Tartu_pedagoogiumi_aruanded, lk 29
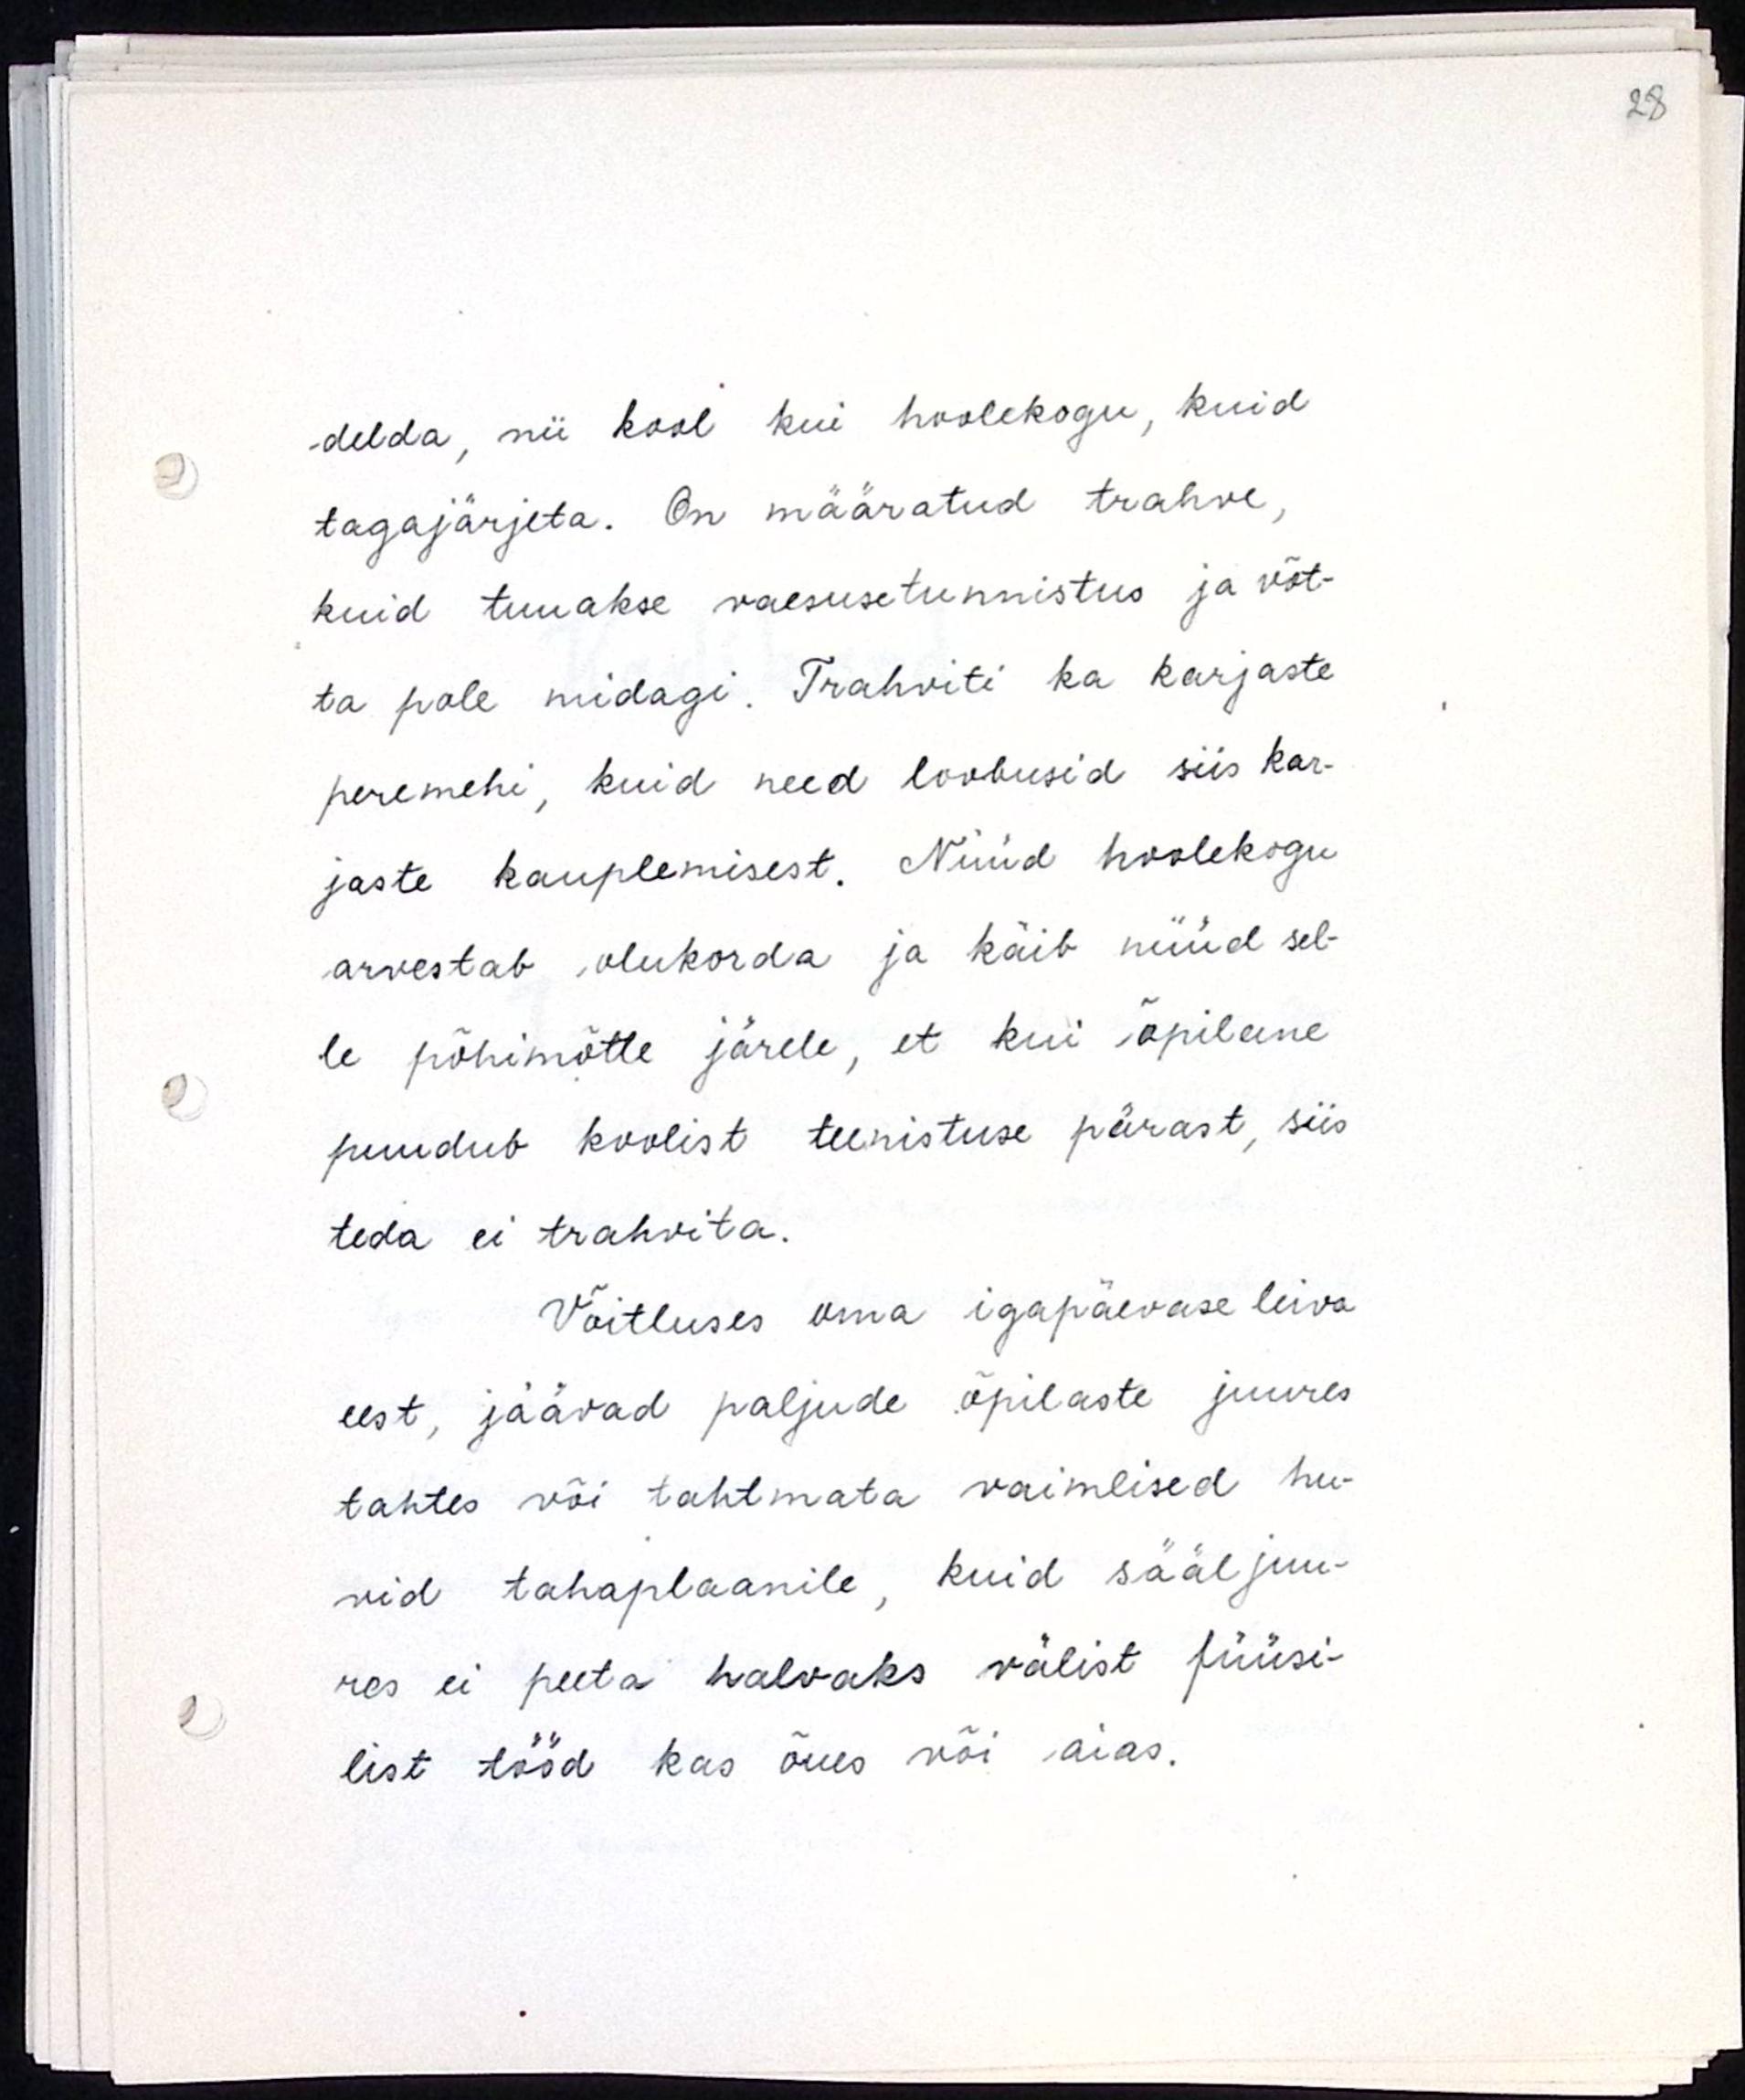
delda, nii kool kui ka hoolekogu, kuid
tagajärjeta. On määratud trahve,
kuid tuuakse vaesusetunnistus ja võt-
ta pole midagi. Trahviti ka karjaste
peremehi, kuid need loobusid siis kar-
jaste kauplemisest. Nüüd hoolekogu
arvestab olukorda ja käib nüüd sel-
le põhimõtte järele, et kui õpilane
puudub koolist teenistuse päevast, siis
teda ei trahvita.
Võitluses oma igapäevase leiva
eest, jäävad paljude õpilaste juures
tahtes või tahtmata vaimlised hu-
vid tahaplaanile, kuid sääljuu-
res ei peeta halvaks välist füüsi-
list tööd kas õues või aias.